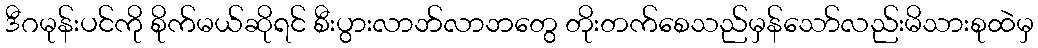
ဒီဂမုန်းပင်ကို စိုက်မယ်ဆိုရင် စီးပွားလာဘ်လာဘတွေ တိုးတက်စေသည်မှန်သော်လည်းမိသားစုထဲမှ